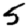
Digit: 5